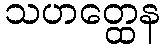
သဟတ္ထေန